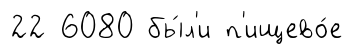
22 6080 бы́л'и п'ищево́е